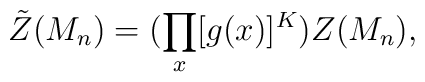
\tilde{Z}(M_{n})=(\prod_{x}[g(x)]^{K})Z(M_{n}),